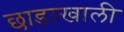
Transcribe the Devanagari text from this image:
छाडाखाली